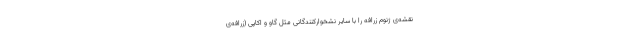
نقشه‌ی ژنوم زرافه را با سایر نشخوارکنندگانی مثل گاو و اُکاپی (زرافه‌ی